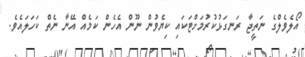
އޯލެވެލްގެ ނަތީޖާ ރަނގަޅުކުރުމަށްޓަކައި ކިޔެވުން ނޫން އެހެން ކަމެއް އޭނާ ނެތް ކަހަލައެވެ.